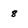
Character: 8